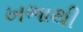
ખભાથી